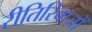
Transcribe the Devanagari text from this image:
रीतिरिवाज़ों